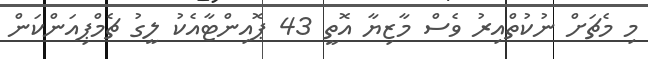
މި މެޗަށް ނުކުތްއިރު ވެސް މާޒިޔާ އޮތީ 43 ޕޮއިންޓާއެކު ލީގު ޗެމްޕިއަންކަން